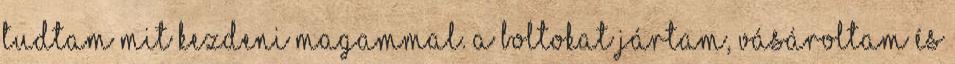
tudtam mit kezdeni magammal. A boltokat jártam, vásároltam és